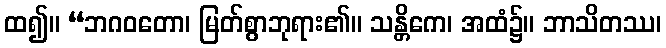
ထ၍။ “ဘဂဝတော၊ မြတ်စွာဘုရား၏။ သန္တိကေ၊ အထံ၌။ ဘာသိတဿ၊